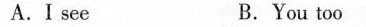
A. I see B. You too